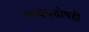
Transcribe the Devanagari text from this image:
वाक्यदोषही